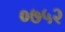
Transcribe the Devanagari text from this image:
०७५२